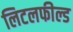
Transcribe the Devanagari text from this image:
लिटलफील्ड